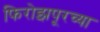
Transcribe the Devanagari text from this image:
फिरोझपूरच्या